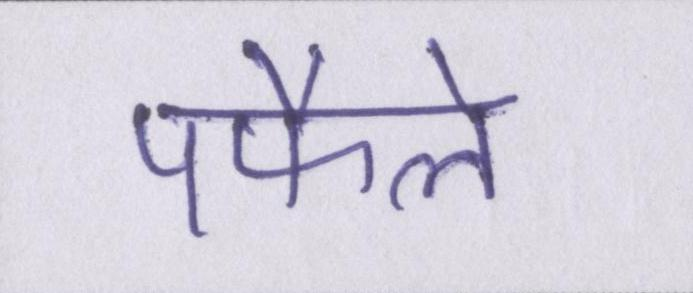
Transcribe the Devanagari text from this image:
पफैले